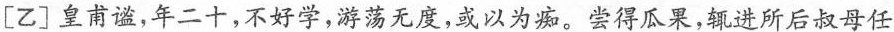
[乙] 皇甫谧,年二十,不好学,游荡无度,或以为痴。尝得瓜果,辄进所后叔母任